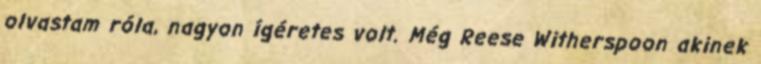
olvastam róla, nagyon ígéretes volt. Még Reese Witherspoon akinek